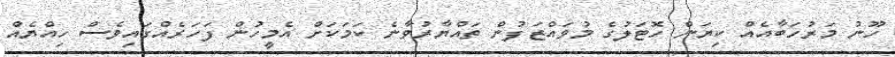
ހޫނު މަރުހަބާއެއް ކިޔަން ހޮޓަލުގެ މުވައްޒަފުން ތައްޔާރުވާނެ ކަމަކަށް އެމީހުން ފަހަރެއްގައިވެސް ހިއްޔެއް